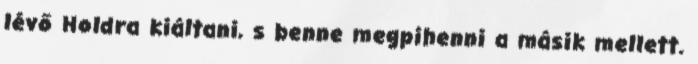
lévő Holdra kiáltani, s benne megpihenni a másik mellett.